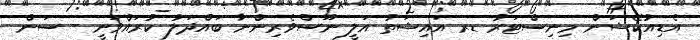
އެޑިއުކޭޝަން މިނިސްޓަރު ޑރ އައިޝަތު އަލީ ނޫސްވެރިންނާ ބައްދަލު ކުރައްވަނީ - ސަން